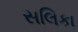
સલિકા